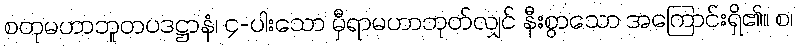
စတုမဟာဘူတပဒဋ္ဌာနံ၊ ၄-ပါးသော မှီရာမဟာဘုတ်လျှင် နီးစွာသော အကြောင်းရှိ၏။ စ၊